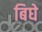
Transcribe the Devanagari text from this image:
बिघे